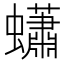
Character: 蠨